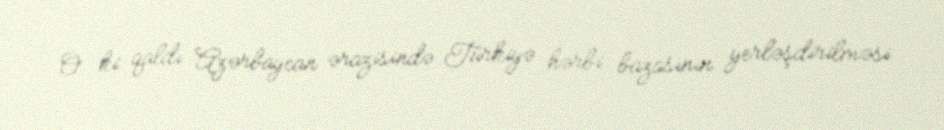
O ki qaldı Azərbaycan ərazisində Türkiyə hərbi bazasının yerləşdirilməsi